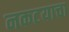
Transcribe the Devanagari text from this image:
नकटयाचा